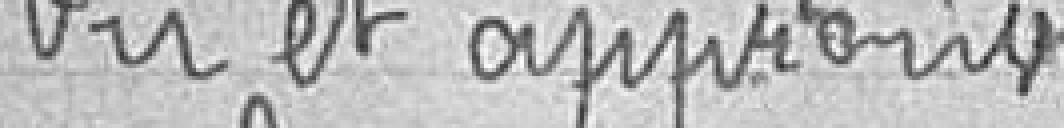
Lu et Approuvé